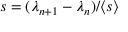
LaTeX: s = ( \lambda _ { n + 1 } - \lambda _ { n } ) / \langle s \rangle